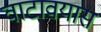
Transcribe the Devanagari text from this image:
वाटावयास